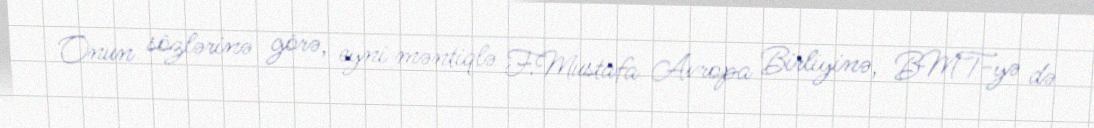
Onun sözlərinə görə, eyni məntiqlə F.Mustafa Avropa Birliyinə, BMT-yə də